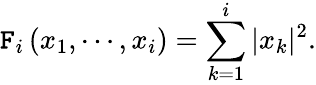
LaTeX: \mathtt{F}_{i}\left(x_{1},\cdots,x_{i}\right)=\sum_{k=1}^{i}|x_{k}|^{2}.